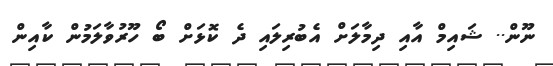
ނޫން.. ޝައިމް އާއި ދިމާލަށް އެބުރިލައި ދެ ކޮޅަށް ބޯ ހޫރުވާލަމުން ކާއިން